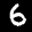
Label: 6